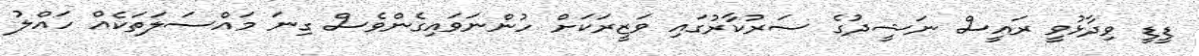
ޑީޑީ ވިދާޅުވީ ރައީސް ނަޝީދުގެ ސަރުކާރުގައި ވަޒީރަކަށް ހުންނަވައިގެންވެސް ގިނަ މައްސަލަތަކެއް ހައްލު